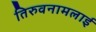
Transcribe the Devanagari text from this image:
तिरुवनामलाई